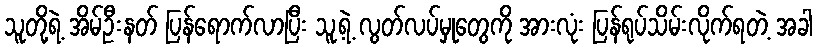
သူတို့ရဲ့ အိမ်ဦးနတ် ပြန်ရောက်လာပြီး သူ့ရဲ့ လွတ်လပ်မှုတွေကို အားလုံး ပြန်ရုပ်သိမ်းလိုက်ရတဲ့ အခါ